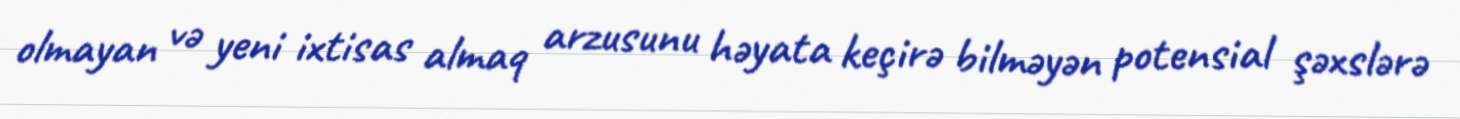
olmayan və yeni ixtisas almaq arzusunu həyata keçirə bilməyən potensial şəxslərə